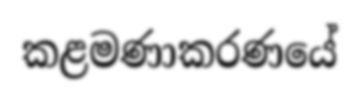
කළමණාකරණයේ